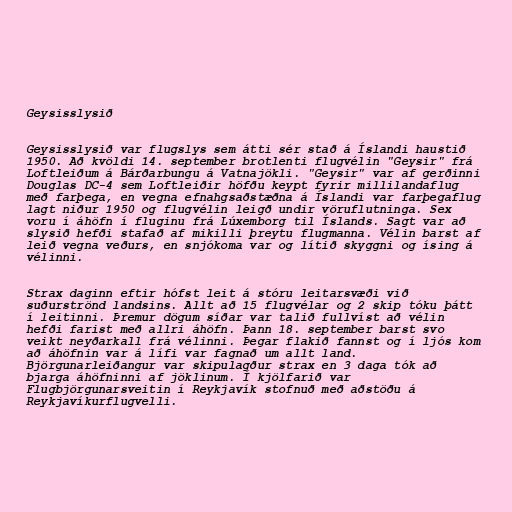
Geysisslysið

Geysisslysið var flugslys sem átti sér stað á Íslandi haustið
1950. Að kvöldi 14. september brotlenti flugvélin "Geysir" frá
Loftleiðum á Bárðarbungu á Vatnajökli. "Geysir" var af gerðinni
Douglas DC-4 sem Loftleiðir höfðu keypt fyrir millilandaflug
með farþega, en vegna efnahgsaðstæðna á Íslandi var farþegaflug
lagt niður 1950 og flugvélin leigð undir vöruflutninga. Sex
voru í áhöfn í fluginu frá Lúxemborg til Íslands. Sagt var að
slysið hefði stafað af mikilli þreytu flugmanna. Vélin barst af
leið vegna veðurs, en snjókoma var og lítið skyggni og ísing á
vélinni.

Strax daginn eftir hófst leit á stóru leitarsvæði við
suðurströnd landsins. Allt að 15 flugvélar og 2 skip tóku þátt
í leitinni. Þremur dögum síðar var talið fullvíst að vélin
hefði farist með allri áhöfn. Þann 18. september barst svo
veikt neyðarkall frá vélinni. Þegar flakið fannst og í ljós kom
að áhöfnin var á lífi var fagnað um allt land.
Björgunarleiðangur var skipulagður strax en 3 daga tók að
bjarga áhöfninni af jöklinum. Í kjölfarið var
Flugbjörgunarsveitin í Reykjavík stofnuð með aðstöðu á
Reykjavíkurflugvelli.